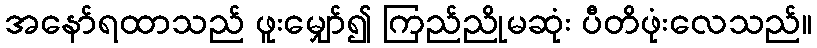
အနော်ရထာသည် ဖူးမျှော်၍ ကြည်ညိုမဆုံး ပီတိဖုံးလေသည်။